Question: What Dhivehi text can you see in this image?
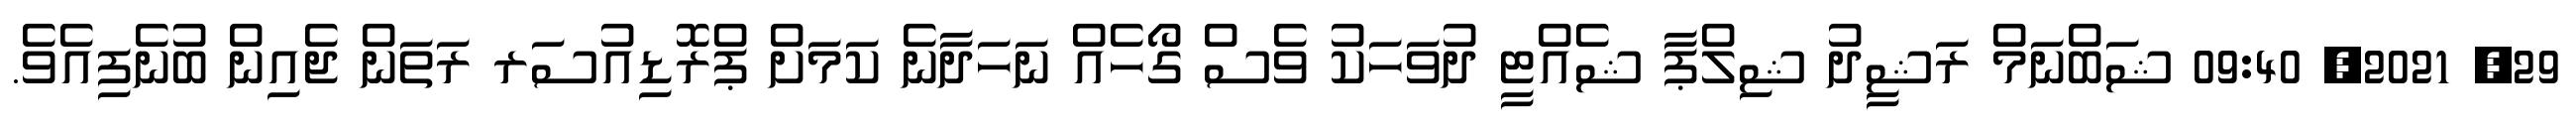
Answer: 29, 2021, 09:40 ޝަބްނަމް ރަޝީދު ޝިލްޕާ ޝެއްޓީ ދުވަހަކު ވެސް ގޯހެއް ނަހަދާނެ ކަމަށް ޕްރޮޑިއުސަރ ރަތަން ޖެއިން ބުނެފިއެވެ.